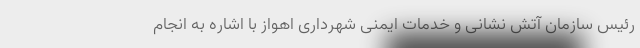
رئیس سازمان آتش نشانی و خدمات ایمنی شهرداری اهواز با اشاره به انجام